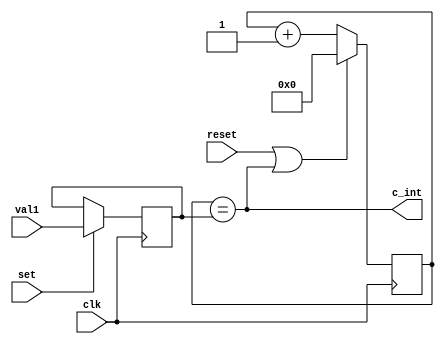
`timescale 1 ns / 1 ps

module counter (input clk, reset,
                input set,
                input [31:0] val1,
                output c_int);
reg [3:0] tmp;
reg [31:0] val;

always @(posedge clk)
  if(set)
    val <= val1;
  else
    val <= val;
    
  
always @(posedge clk)
  begin
    if ((reset) | (tmp == val))
      tmp = 32'h00000000;
    else
      tmp = tmp + 1'b1;
  end

  assign c_int = (tmp == val);
  
  
endmodule